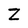
Character: Z